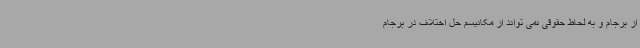
از برجام و به لحاظ حقوقی نمی تواند از مکانیسم حل اختلاف در برجام